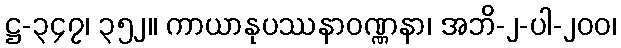
ဋ္ဌ-၃၄၇၊ ၃၅၂။ ကာယာနုပဿနာဝဏ္ဏနာ၊ အဘိ-၂-ပါ-၂၀၀၊